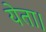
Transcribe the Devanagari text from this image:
येता।